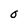
Character: O